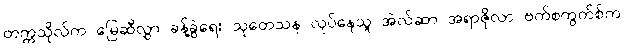
တက္ကသိုလ်က မြေဆီလွှာ ခန့်ခွဲရေး သုတေသန လုပ်နေသူ အဲလ်ဆာ အရာဇိုလာ ဗက်စကွက်စ်က